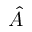
\hat { A }